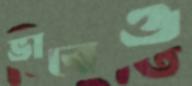
ভাবেও